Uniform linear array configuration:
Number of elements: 8
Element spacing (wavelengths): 0.5
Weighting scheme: blackman
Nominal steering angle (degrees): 60
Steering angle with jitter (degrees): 59.743
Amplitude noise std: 0.05
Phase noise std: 0.05

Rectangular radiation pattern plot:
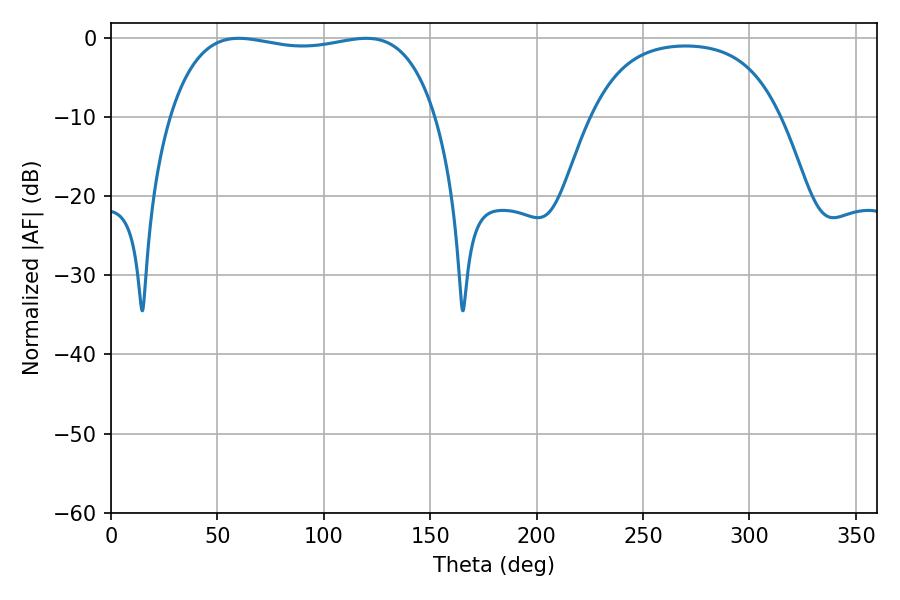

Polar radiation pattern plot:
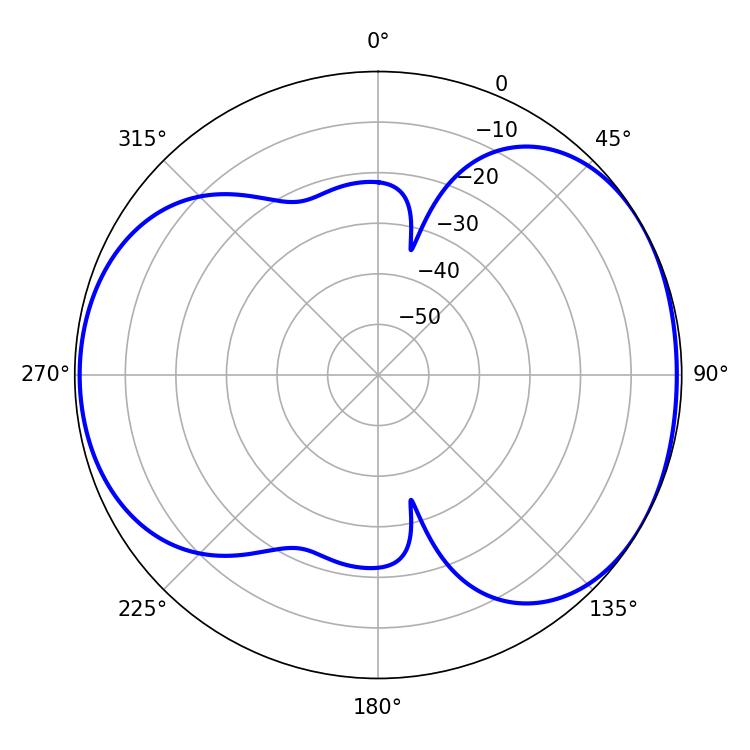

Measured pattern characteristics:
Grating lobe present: FALSE
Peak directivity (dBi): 5.027
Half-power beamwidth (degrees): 100.8
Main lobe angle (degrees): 60.12